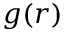
g ( r )